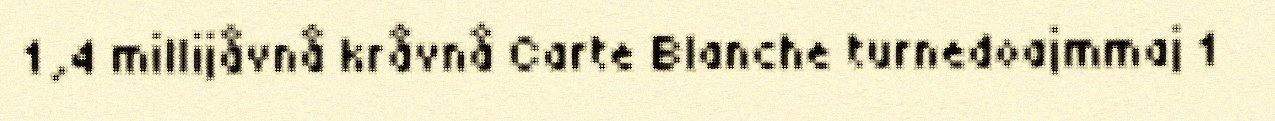
1,4 millijåvnå kråvnå Carte Blanche turnedoajmmaj 1